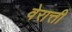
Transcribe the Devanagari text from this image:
वेरात्ती